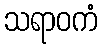
သရာဝကံ